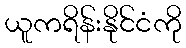
ယူကရိန်းနိုင်ငံကို